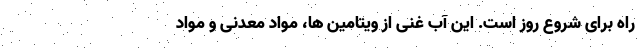
راه برای شروع روز است. این آب غنی از ویتامین ها، مواد معدنی و مواد